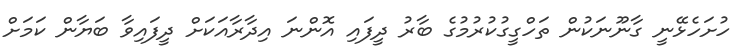
ހުށަހެޅޭނީ ގާނޫނަކުން ތަހްގީގުކުރުމުގެ ބާރު ދީފައި އޮންނަ އިދާރާއަކަށް ދީފައިވާ ބަޔާން ކަމަށް